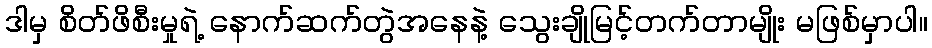
ဒါမှ စိတ်ဖိစီးမှုရဲ့ နောက်ဆက်တွဲအနေနဲ့ သွေးချိုမြင့်တက်တာမျိုး မဖြစ်မှာပါ။